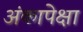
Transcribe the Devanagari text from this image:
अंकापेक्षा